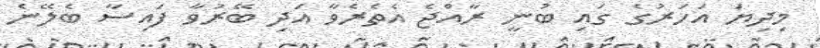
މިދިޔަ އަހަރުގެ ގައި ބުނީ ރާއްޖެ އެތެރެވާ އަދި ބޭރުވާ ފައިސާ ބެލޭނެ